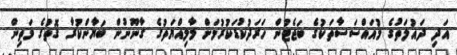
އަދި ދައުލަތުގެ މުއައްސަސާތަކުގެ ބަޖެޓުން ހަރަދުކުޑަކުރުމަށް މާލިއްޔަތުގެ ގާނޫނުން ބަޔާންކުރާ ގޮތުގެ މަތިން